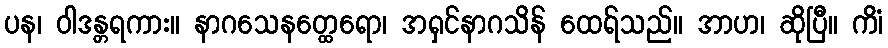
ပန၊ ဝါဒန္တရကား။ နာဂသေနတ္ထေရော၊ အရှင်နာဂသိန် ထေရ်သည်။ အာဟ၊ ဆိုပြီ။ ကိံ၊